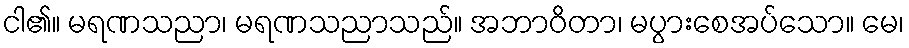
ငါ၏။ မရဏသညာ၊ မရဏသညာသည်။ အဘာဝိတာ၊ မပွားစေအပ်သော။ မေ၊